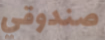
صندوقي